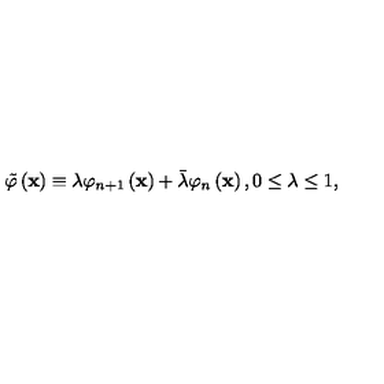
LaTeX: \tilde { \varphi } \left( \mathbf { x } \right) \equiv \lambda \varphi _ { n + 1 } \left( \mathbf { x } \right) + \bar { \lambda } \varphi _ { n } \left( \mathbf { x } \right) , 0 \leq \lambda \leq 1 ,